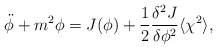
\begin{align*}\ddot{\phi} + m^2{\phi} = J(\phi) + \frac{1}{2}\frac{{\delta}^2 J}{{\delta} {\phi}^2} \langle {\chi}^2 \rangle,\end{align*}